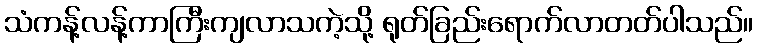
သံကန့်လန့်ကာကြီးကျလာသကဲ့သို့ ရုတ်ခြည်းရောက်လာတတ်ပါသည်။